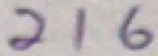
2 1 6